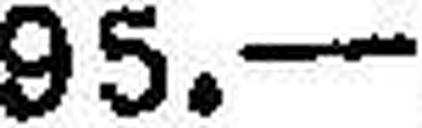
95.—